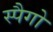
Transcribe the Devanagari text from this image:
स्पैगो